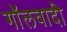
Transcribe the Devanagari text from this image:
गॉलवादी